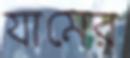
যামের